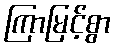
ကြာမြင့်စွာ